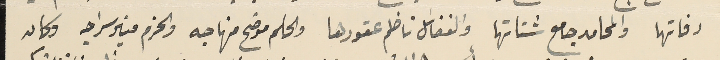
رفاتها والمحامد جامع شتاتها والفضائل ناظلم عقودها والحكم موضح منهاجه والحزم منير سراجه وكان